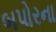
બપોરના